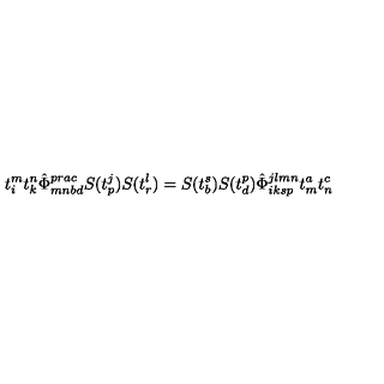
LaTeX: t _ { i } ^ { m } t _ { k } ^ { n } \hat { \Phi } _ { m n b d } ^ { p r a c } S ( t _ { p } ^ { j } ) S ( t _ { r } ^ { l } ) = S ( t _ { b } ^ { s } ) S ( t _ { d } ^ { p } ) \hat { \Phi } _ { i k s p } ^ { j l m n } t _ { m } ^ { a } t _ { n } ^ { c }